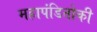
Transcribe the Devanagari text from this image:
महापंडितोकी